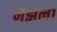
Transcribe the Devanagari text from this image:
मझला